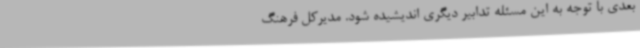
بعدی با توجه به این مسئله تدابیر دیگری اندیشیده شود. مدیرکل فرهنگ